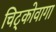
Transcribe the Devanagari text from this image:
चिट्कोवागा